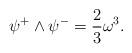
LaTeX: \begin{align*} \psi^{+} \wedge \psi^{-}=\frac{2}{3} \omega^3.\end{align*}